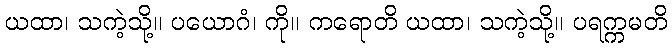
ယထာ၊ သကဲ့သို့။ ပယောဂံ၊ ကို။ ကရောတိ ယထာ၊ သကဲ့သို့။ ပရက္ကမတိ